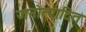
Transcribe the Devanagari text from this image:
जनोत्पादित